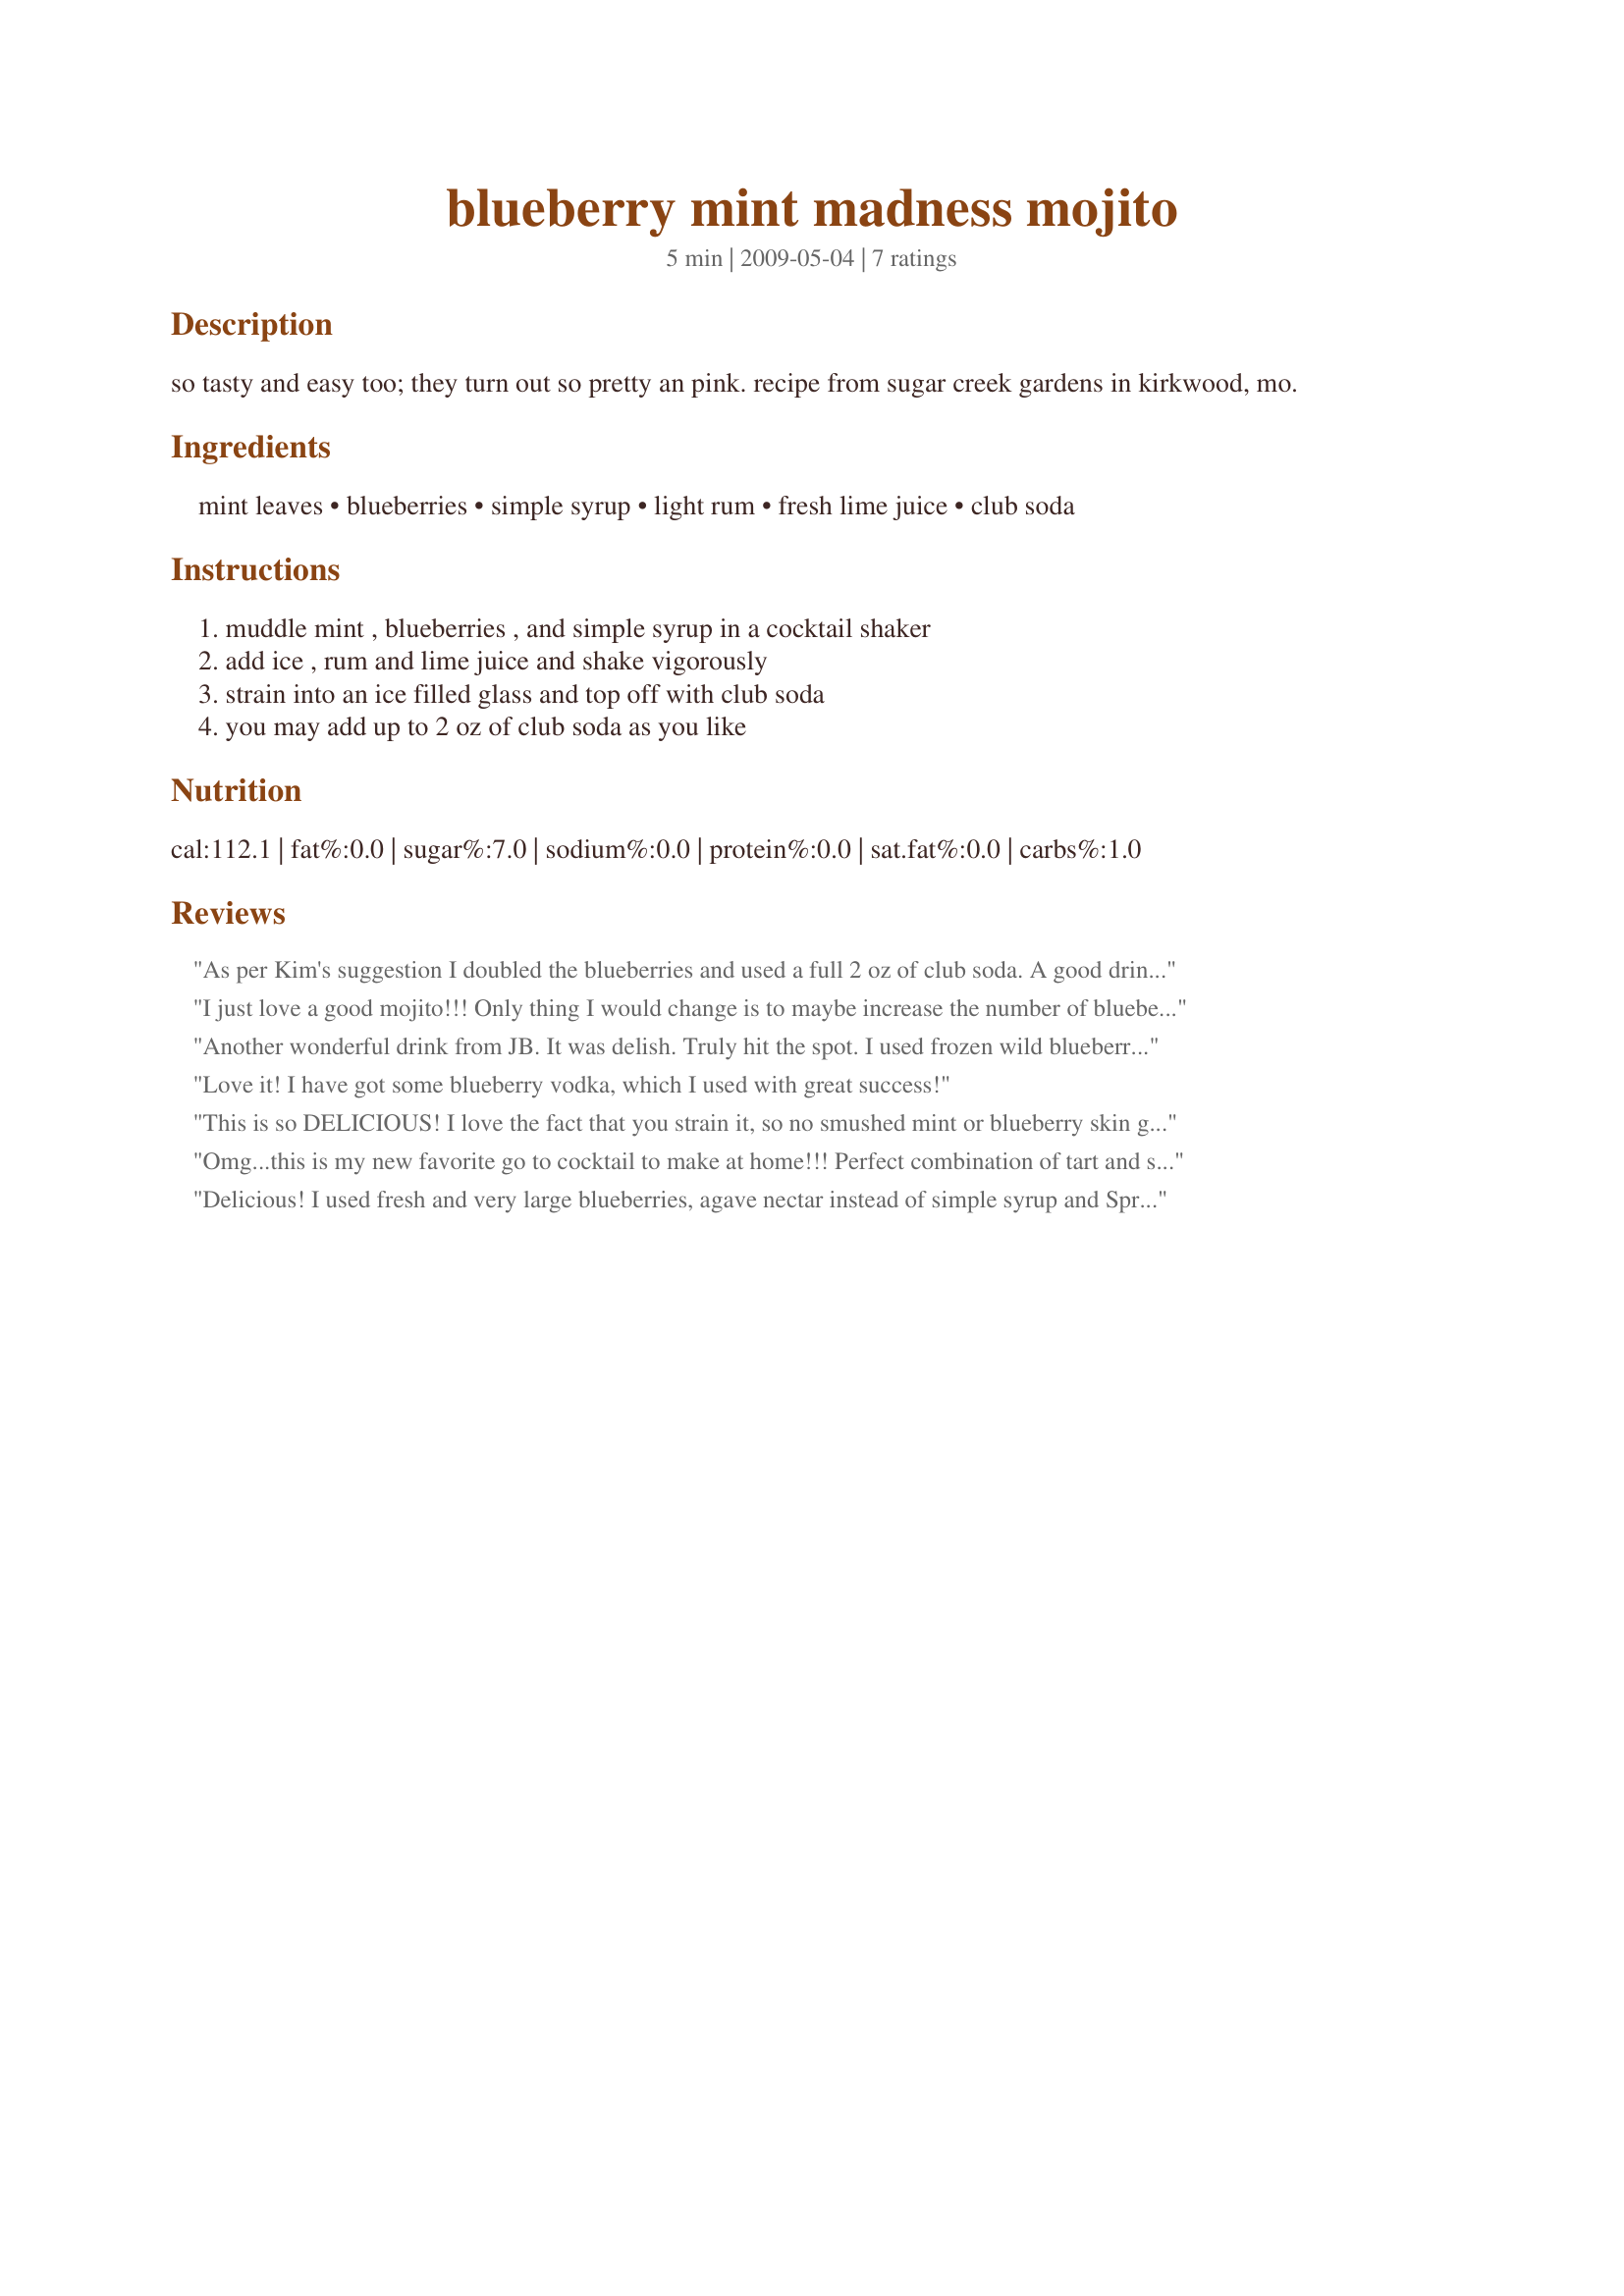
blueberry mint madness mojito
Preparation time: 5 minutes

so tasty and easy too; they turn out so pretty an pink. recipe from sugar creek gardens in kirkwood, mo.

Ingredients:
mint leaves, blueberries, simple syrup, light rum, fresh lime juice, club soda

Steps:
muddle mint , blueberries , and simple syrup in a cocktail shaker, add ice , rum and lime juice and shake vigorously, strain into an ice filled glass and top off with club soda, you may add up to 2 oz of club soda as you like

Reviews:
As per Kim's suggestion I doubled the blueberries and used a full 2 oz of club soda. A good drink to relax with after a hard day of shopping. Made for the Bodacious Brickhouse Babes, ZWT5.
I just love a good mojito!!! Only thing I would change is to maybe increase the number of blueberries, or maybe mine were small. Great minty-lime flavor with a hint of berry!! Thanks JB!! Made for Las Mistico Magicos Sirenas - ZWT5.
Another wonderful drink from JB. It was delish. Truly hit the spot. I used frozen wild blueberries, since they were so small I also added additional blueberries and used the full 2 oz of club soda. What a lovely tart, refreshing drink. It was perfect. I'm so glad I saved the best for last. I can't wait for girl's weekend this summer, to share this cocktail with my mates. Thank you so much for sharing. Into my keeper box this goes. Made for Aussie swap #39 :)
Love it! I have got some blueberry vodka, which I used with great success!
This is so DELICIOUS! I love the fact that you strain it, so no smushed mint or blueberry skin gets in the way while you're enjoying the drink.

Definitely, add more Blueberries to make the drink, and leave a few for garnish along with 1-2 mint leaves and a thin sliced of the lime.
Omg...this is my new favorite go to cocktail to make at home!!! Perfect combination of tart and sweetness. I made it for my sister (she hates blueberries) and she loves this drink. Definitely a keeper as is, but plan to try modifications with different fruits, etc. Yummy!! Oh forgot to mention that I had to use captan Morgan spiced rum since that's what I had on hand and it was still delicious!!
Delicious! I used fresh and very large blueberries, agave nectar instead of simple syrup and Sprite in place of the club soda. The drink is a beautiful color! I added a few fresh blueberries to my glass and strained the mojito over ice cubes. Thanks so much for sharing this beautiful and flavorful mojito, January Bride!
